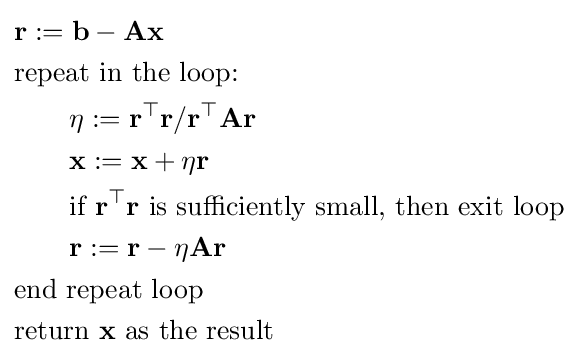
{\begin{aligned}&\mathbf {r} :=\mathbf {b} -\mathbf {Ax} \\&{\text{repeat in the loop:}}\\&\qquad \eta :={\mathbf {r} ^{\top }\mathbf {r} }/{\mathbf {r} ^{\top }\mathbf {Ar} }\\&\qquad \mathbf {x} :=\mathbf {x} +\eta \mathbf {r} \\&\qquad {\hbox{if }}\mathbf {r} ^{\top }\mathbf {r} {\text{ is sufficiently small, then exit loop}}\\&\qquad \mathbf {r} :=\mathbf {r} -\eta \mathbf {Ar} \\&{\text{end repeat loop}}\\&{\text{return }}\mathbf {x} {\text{ as the result}}\end{aligned}}